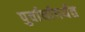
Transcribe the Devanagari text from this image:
पुर्वार्धापर्यंत